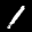
Label: 1